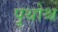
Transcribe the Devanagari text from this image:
पृथोश्च